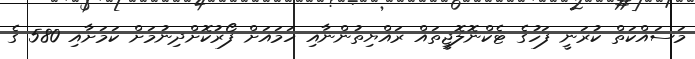
މަސައްކަތް ކުރަނީ ފަހުގެ ޓެކްނޮލޮޖީތައް ރައްޔިތުންނާއި ހަމައަށް ފޯރުކޮށްދިނުމަށް ކަމަށާއި 580 ގެ